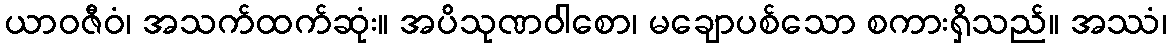
ယာဝဇီဝံ၊ အသက်ထက်ဆုံး။ အပိသုဏဝါစော၊ မချောပစ်သော စကားရှိသည်။ အဿံ၊